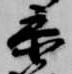
参